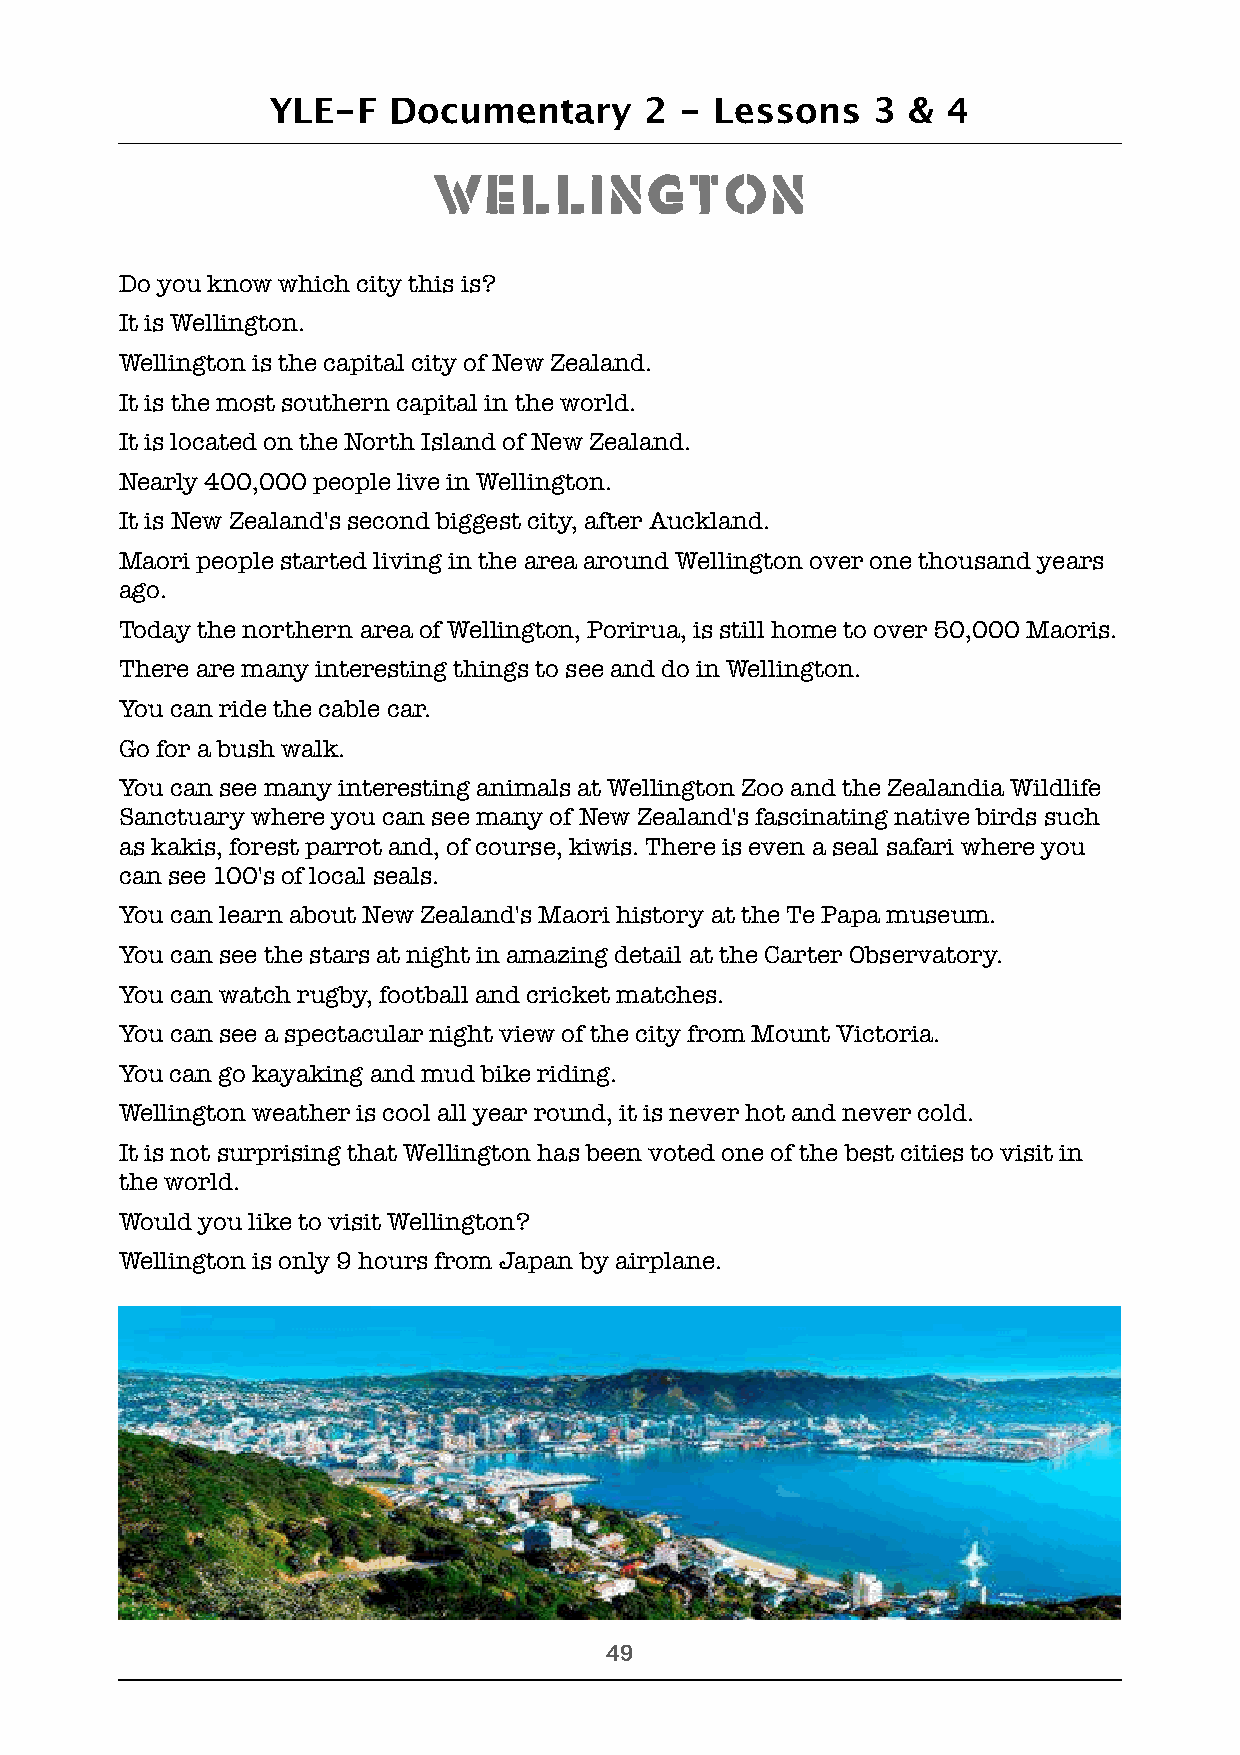
YLE-F   Documentary      2 - Lessons    3 &  4
 Wellington
 Do you know which city this is?
 It is Wellington.
 Wellington is the capital city of New Zealand.
 It is the most southern capital in the world.
 It is located on the North Island of New Zealand.
 Nearly 400,000 people live in Wellington.
 It is New Zealand's second biggest city, after Auckland.
 Maori people started living in the area around Wellington over one thousand years
 ago.
 Today the northern area of Wellington, Porirua, is still home to over 50,000 Maoris.
 There are many interesting things to see and do in Wellington.
 You can ride the cable car.
 Go for a bush walk.
 You can see many interesting animals at Wellington Zoo and the Zealandia Wildlife
 Sanctuary where you can see many of New Zealand's fascinating native birds such
 as kakis, forest parrot and, of course, kiwis. There is even a seal safari where you
 can see 100's of local seals.
 You can learn about New Zealand's Maori history at the Te Papa museum.
 You can see the stars at night in amazing detail at the Carter Observatory.
 You can watch rugby, football and cricket matches.
 You can see a spectacular night view of the city from Mount Victoria.
 You can go kayaking and mud bike riding.
 Wellington weather is cool all year round, it is never hot and never cold.
 It is not surprising that Wellington has been voted one of the best cities to visit in
 the world.
 Would you like to visit Wellington?
 Wellington is only 9 hours from Japan by airplane.
 !49